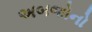
અબજોનો